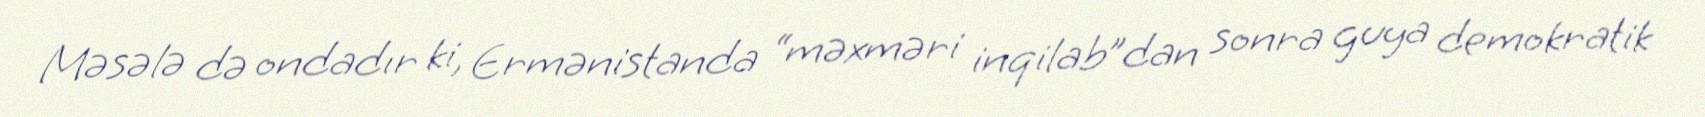
Məsələ də ondadır ki, Ermənistanda “məxməri inqilab”dan sonra guya demokratik